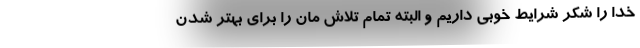
خدا را شکر شرایط خوبی داریم و البته تمام تلاش مان را برای بهتر شدن